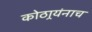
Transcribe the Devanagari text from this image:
कोठार्‍यंनाच